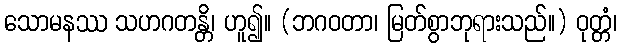
သောမနဿ သဟဂတန္တိ၊ ဟူ၍။ (ဘဂဝတာ၊ မြတ်စွာဘုရားသည်။) ဝုတ္တံ၊